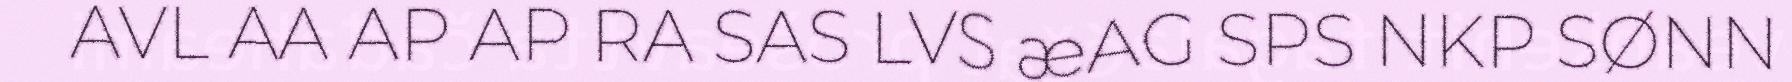
AVL AA AP AP RA SAS LVS æAG SPS NKP SØNN